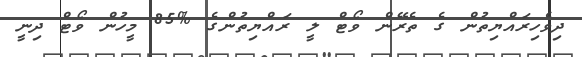
ދިވެހިރައްޔިތުން ގެ ތެރޭން ވޯޓް ލީ ރައްޔިތުންގެ %85 މީހުން ވޯޓް ދިނީ